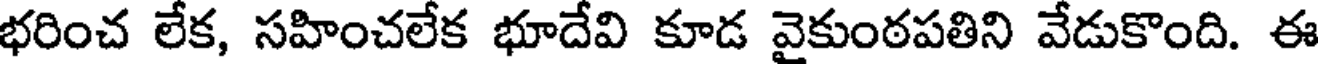
భరించ లేక, సహించలేక భూదేవి కూడ వైకుంఠపతిని వేడుకొంది. ఈ